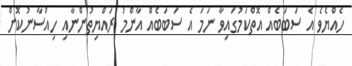
ހެއްޔެވެ އެ ސަބަބެއް އޮތްކަމުގައިވާ ނަމަ އެ ސަބަބެއް އާންމު ރައްޔިތުންނާއި ހިއްސާނުކޮށް